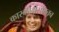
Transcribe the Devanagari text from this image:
कारकीर्दीसोबतच